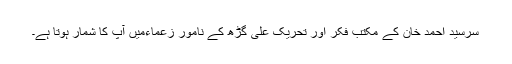
سرسید احمد خان کے مکتب فکر اور تحریک علی گڑھ کے نامور زعماءمیں آپ کا شمار ہوتا ہے۔